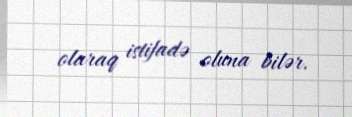
olaraq istifadə oluna bilər.